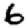
Digit: 6